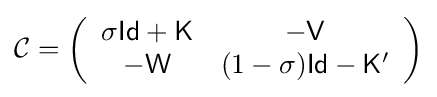
{\mathcal {C}}=\left({\begin{array}{cc}\sigma {\mathsf {Id}}+{\mathsf {K}}&-{\mathsf {V}}\\-{\mathsf {W}}&(1-\sigma ){\mathsf {Id}}-{\mathsf {K}}'\end{array}}\right)